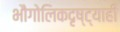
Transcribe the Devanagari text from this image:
भौगोलिकदृष्ट्याही